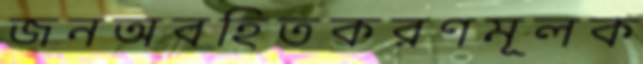
জনঅবহিতকরণমূলক